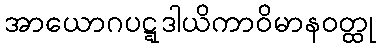
အာယောဂပဋ္ဋဒါယိကာဝိမာနဝတ္ထု